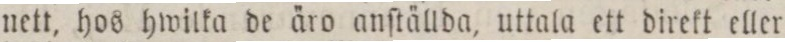
nett, hos hwilka de äro anſtällda, uttala ett direkt eller